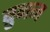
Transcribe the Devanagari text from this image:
ब्रुनन